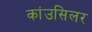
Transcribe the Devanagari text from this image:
कांउसिलर